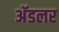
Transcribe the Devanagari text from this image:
अॅडलर